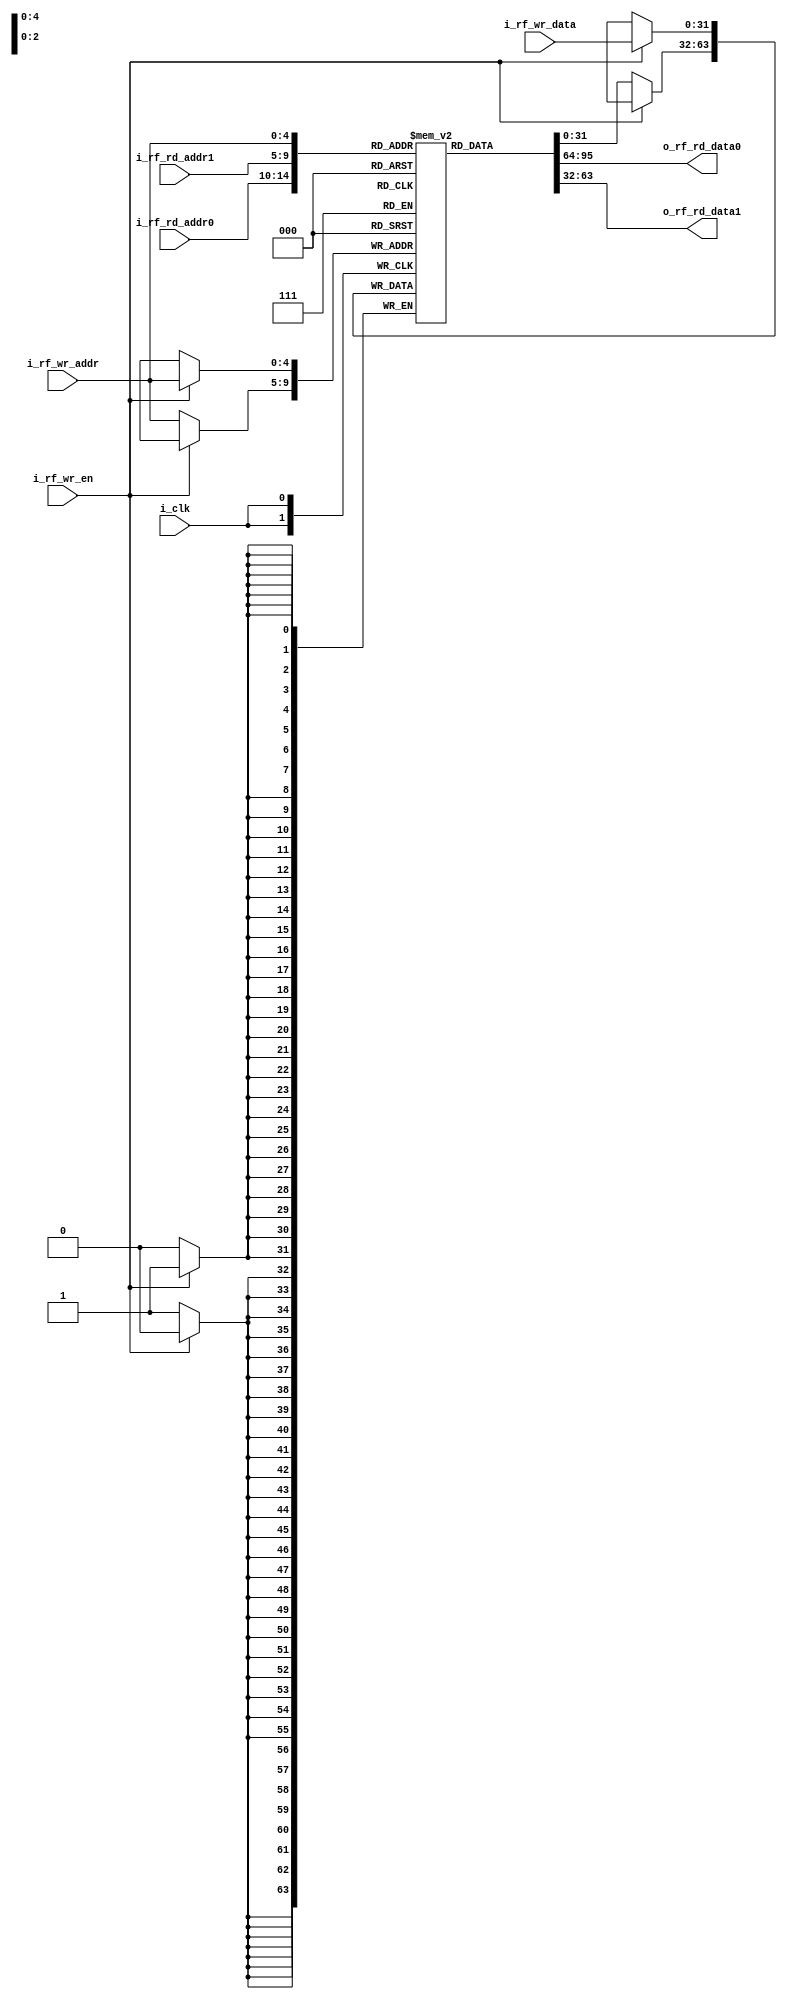
module regfile
#(
	parameter	MIF_FILE	= "regfile.mif",
	parameter	BW_DATA		= 32,
	parameter	BW_ADDR		= 5
)
(
	output		[BW_DATA-1:0]	o_rf_rd_data0,
	output		[BW_DATA-1:0]	o_rf_rd_data1,
	input		[BW_ADDR-1:0]	i_rf_rd_addr0,
	input		[BW_ADDR-1:0]	i_rf_rd_addr1,
	input		[BW_DATA-1:0]	i_rf_wr_data,
	input		[BW_ADDR-1:0]	i_rf_wr_addr,
	input		            	i_rf_wr_en,
	input		            	i_clk
);

	reg			[BW_DATA-1:0]	rf_arr[0:2**BW_ADDR-1];
	`ifdef	MEM_INIT
		initial begin
			$readmemb(MIF_FILE, rf_arr);
		end
	`endif
	
// Async. Read
	assign		o_rf_rd_data0	= rf_arr[i_rf_rd_addr0];
	assign		o_rf_rd_data1	= rf_arr[i_rf_rd_addr1];

	always @(posedge i_clk) begin
		if(i_rf_wr_en) begin
			rf_arr[i_rf_wr_addr] <= i_rf_wr_data;
		end else begin
			rf_arr[i_rf_wr_addr] <= rf_arr[i_rf_wr_addr];
		end
	end
endmodule